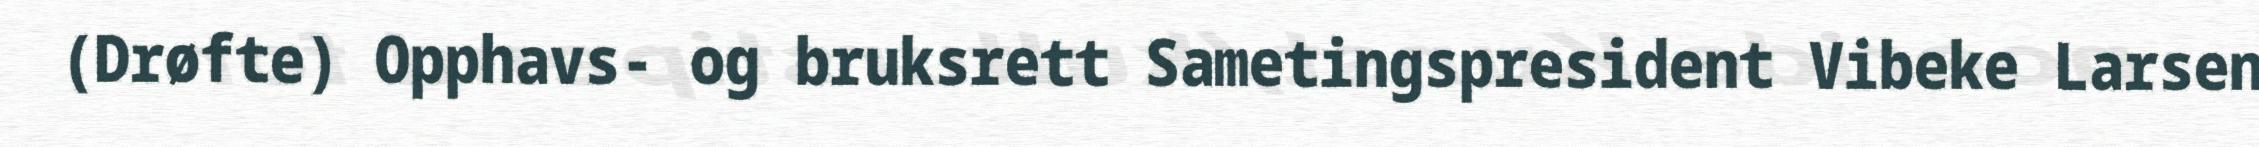
(Drøfte) Opphavs- og bruksrett Sametingspresident Vibeke Larsen